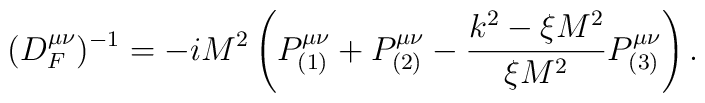
(D_F^{\mu\nu})^{-1}=-iM^2\left( P^{\mu\nu}_{(1)} + P^{\mu\nu}_{(2)} -\frac{k^2-\xi M^2}{\xi M^2} P^{\mu\nu}_{(3)} \right).